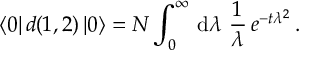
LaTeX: \langle 0 | \, d ( 1 , 2 ) \, | 0 \rangle = { \cal N } \int _ { 0 } ^ { \infty } \, \mathrm { d } \lambda \, \, \frac { 1 } { \lambda } \, e ^ { - t \lambda ^ { 2 } } \, .